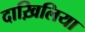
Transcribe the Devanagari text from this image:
दाख़िलिया